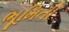
ભૂમિતી